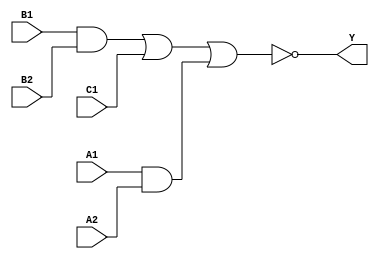
module sky130_fd_sc_ms__a221oi (
    Y ,
    A1,
    A2,
    B1,
    B2,
    C1
);

    // Module ports
    output Y ;
    input  A1;
    input  A2;
    input  B1;
    input  B2;
    input  C1;

    // Local signals
    wire and0_out  ;
    wire and1_out  ;
    wire nor0_out_Y;

    //  Name  Output      Other arguments
    and and0 (and0_out  , B1, B2                );
    and and1 (and1_out  , A1, A2                );
    nor nor0 (nor0_out_Y, and0_out, C1, and1_out);
    buf buf0 (Y         , nor0_out_Y            );

endmodule